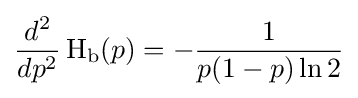
{d^{2} \over dp^{2}}\operatorname {H} _{\text{b}}(p)=-{\frac {1}{p(1-p)\ln 2}}